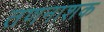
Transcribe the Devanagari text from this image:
तणनाशक